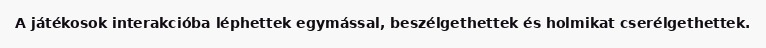
A játékosok interakcióba léphettek egymással, beszélgethettek és holmikat cserélgethettek.